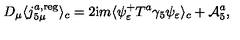
D _ { \mu } \langle j _ { 5 \mu } ^ { a , \mathrm { r e g } } \rangle _ { c } = 2 \mathrm { i } m \langle \psi _ { \varepsilon } ^ { + } T ^ { a } \gamma _ { 5 } \psi _ { \varepsilon } \rangle _ { c } + { \cal A } _ { 5 } ^ { a } ,